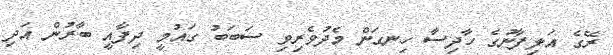
ރޭގެ އަލިފާނުގެ ހާދިސާ ހިނގަން މެދުވެރިވި ސަބަބު ގައުމީ ދިފާއީ ބާރުން އަދި